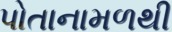
પોતાનામળથી